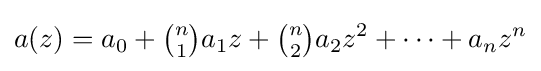
a(z)=a_{0}+{\tbinom {n}{1}}a_{1}z+{\tbinom {n}{2}}a_{2}z^{2}+\dots +a_{n}z^{n}